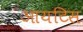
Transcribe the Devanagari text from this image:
आयटिस